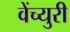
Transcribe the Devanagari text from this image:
वेंच्युरी